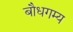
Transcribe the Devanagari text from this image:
बौधगम्य